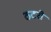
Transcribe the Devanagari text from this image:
ठटरी